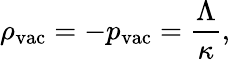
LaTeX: \rho_{\mathrm{vac}}=-p_{\mathrm{vac}}={\frac{\Lambda}{\kappa}},